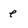
Character: e